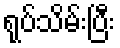
ရုပ်သိမ်းပြီး